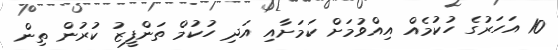
10 އަހަރުގެ ހުކުމެއް އިއްވުމަށް ކަމަށާއި އަދި ހުކުމް ތަންފީޒު ކުރުން ތިން